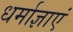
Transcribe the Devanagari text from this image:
धर्माज्ञाएं